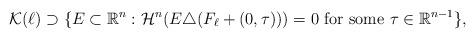
LaTeX: \begin{align*}\mathcal{K}(\ell) \supset \{E \subset \mathbb{R}^{n} : \mathcal{H}^{n} ( E \triangle ( F_\ell + (0,\tau))) = 0 \mbox{ for some } \tau \in \mathbb{R}^{n-1}\},\end{align*}